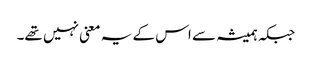
جبکہ ہمیشہ سے اس کے یہ معنی نہیں تھے۔